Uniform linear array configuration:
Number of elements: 24
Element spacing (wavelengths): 0.25
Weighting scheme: binomial
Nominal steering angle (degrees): -45
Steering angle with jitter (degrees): -44.66
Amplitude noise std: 0.05
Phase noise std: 0.05

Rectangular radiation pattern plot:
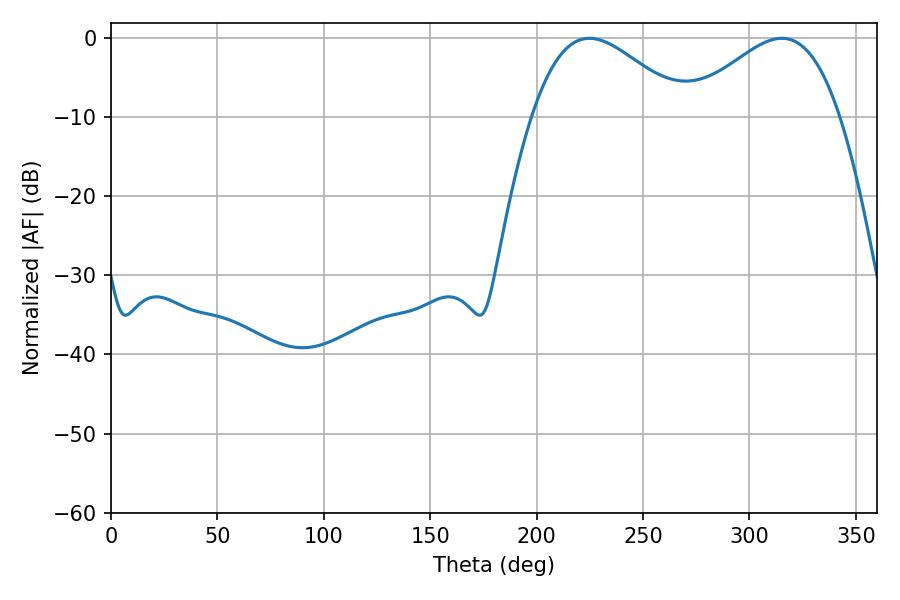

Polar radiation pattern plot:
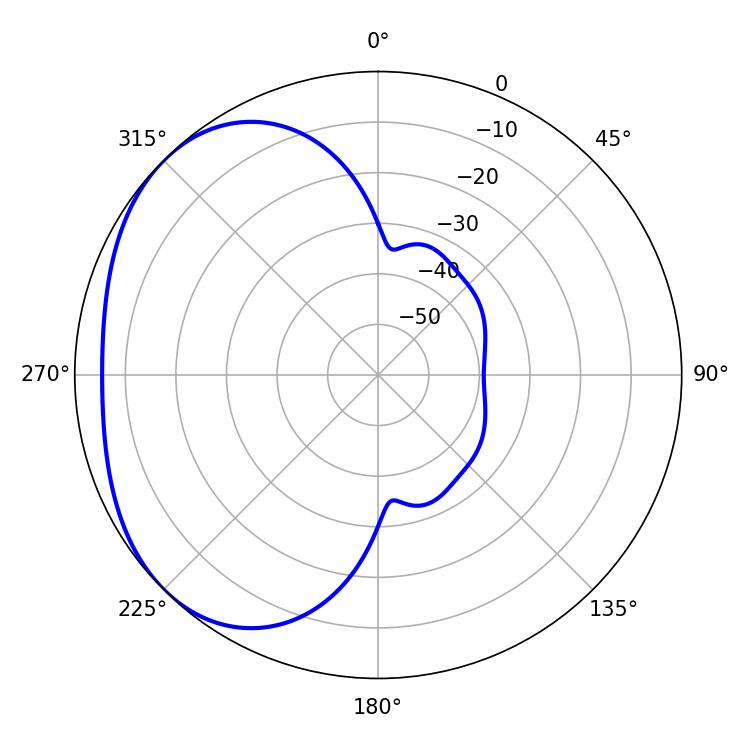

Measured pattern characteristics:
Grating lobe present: FALSE
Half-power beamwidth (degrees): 38.7
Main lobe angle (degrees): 224.82